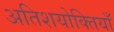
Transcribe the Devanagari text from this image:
अतिशयोक्तियाँ